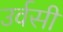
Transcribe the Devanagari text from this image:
उर्वसी